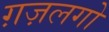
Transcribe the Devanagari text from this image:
ग़ज़लगो